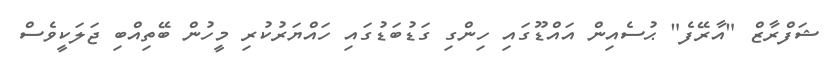
ޝަފްރާޒް "އާރޭފެ" ޙުސެއިން އައްޑޫގައި ހިންގި ގަޑުބަޑުގައި ހައްޔަރުކުރި މީހުން ބޭތިއްބި ޖަލަކީވެސް